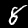
Label: 8